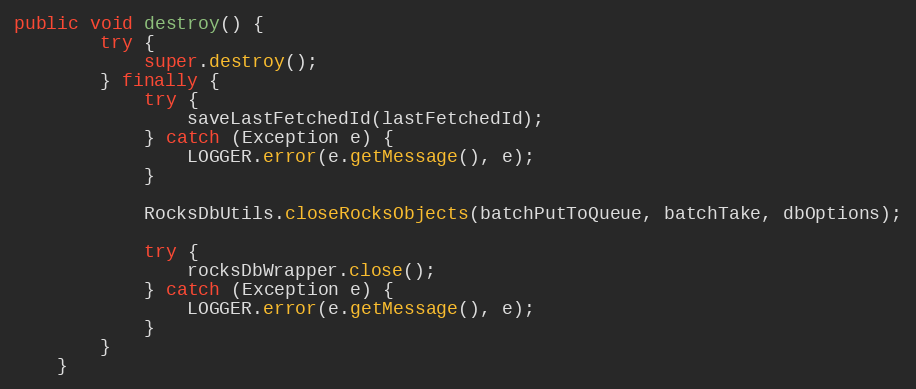
Language: Java
public void destroy() {
        try {
            super.destroy();
        } finally {
            try {
                saveLastFetchedId(lastFetchedId);
            } catch (Exception e) {
                LOGGER.error(e.getMessage(), e);
            }

            RocksDbUtils.closeRocksObjects(batchPutToQueue, batchTake, dbOptions);

            try {
                rocksDbWrapper.close();
            } catch (Exception e) {
                LOGGER.error(e.getMessage(), e);
            }
        }
    }